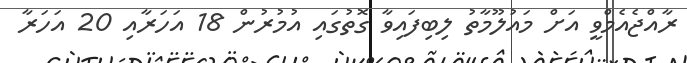
ރާއްޖެއެމްވީ އަށް މައުލޫމާތު ލިބިފައިވާ ގޮތުގައި އުމުރުން 18 އަހަރާއި 20 އަހަރާ